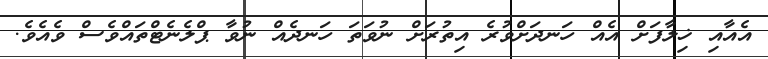
އެއާއި ޚިލާފަށް އެއް ހަނދަށްވުރެ އިތުރަށް ނުވަތަ ހަނދެއް ނުވާ ޕްލެނެޓްތައްވެސް ވެއެވެ.